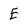
Character: E